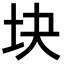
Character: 块